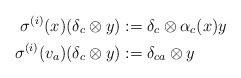
\begin{align*}\sigma^{(i)}(x)(\delta_{c} \otimes y)&:=\delta_{c} \otimes \alpha_{c}(x)y \\\sigma^{(i)}(v_{a})(\delta_{c} \otimes y)&:=\delta_{ca} \otimes y \end{align*}